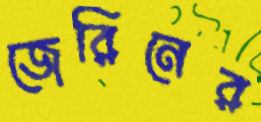
জেরিনের